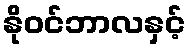
နိုဝင်ဘာလနှင့်